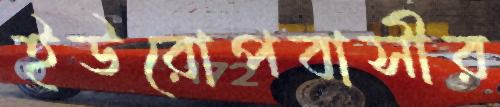
ইউরোপবাসীর